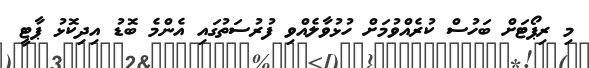
މި ރިޕޯޓަށް ބަހުސް ކުރެއްވުމަށް ހުޅުވާލެއްވި ފުރުސަތުގައި އެންމެ ބޮޑު އިދިކޮޅު ޕާޓީ